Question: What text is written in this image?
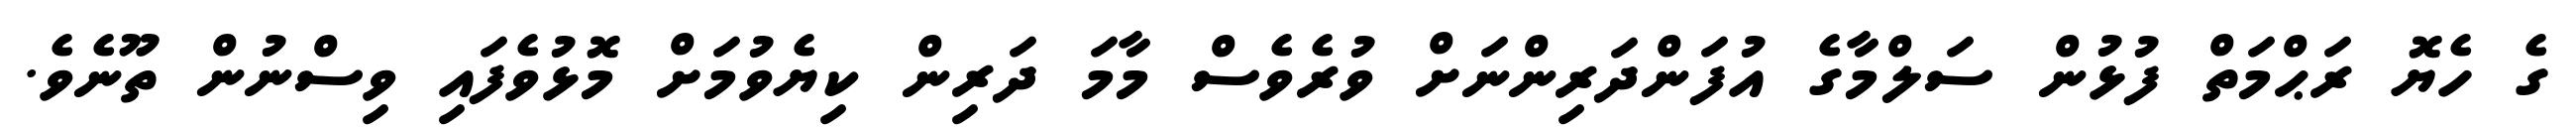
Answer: ގެ ހެޔޮ ރަޙްމަތް ފުޅުން ސަލްމާގެ އުފަންދަރިންނަށް ވުރެވެސް މާމަ ދަރިން ކިޔެވުމަށް މޮޅުވެފައި ވިސްނުން ތޫނެވެ.